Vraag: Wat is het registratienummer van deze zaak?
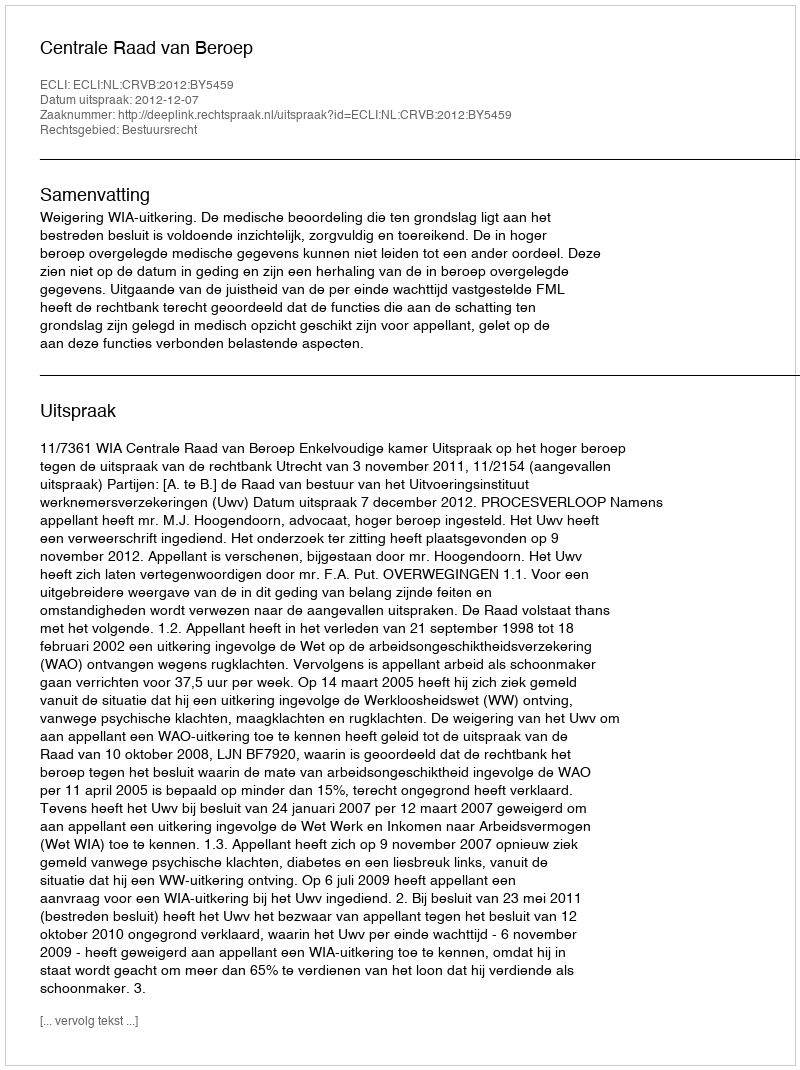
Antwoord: http://deeplink.rechtspraak.nl/uitspraak?id=ECLI:NL:CRVB:2012:BY5459